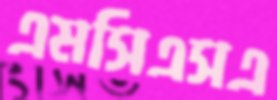
এমসিএসএ